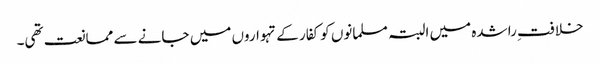
خلافتِ راشدہ میں البتہ مسلمانوں کو کفار کے تہواروں میں جانے سے ممانعت تھی۔